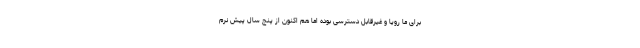
برای ما رویا و غیرقابل دسترسی بوده اما هم اکنون از پنج سال پیش نرم